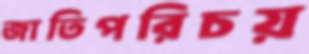
জাতিপরিচয়